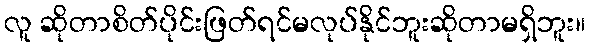
လူ ဆိုတာစိတ်ပိုင်းဖြတ်ရင်မလုပ်နိုင်ဘူးဆိုတာမရှိဘူး။